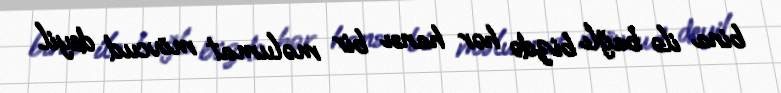
bina ilə bağlı bizdə hər hansı bir məlumat mövcud deyil.